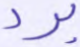
برد